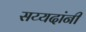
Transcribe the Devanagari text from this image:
सय्यदांनी